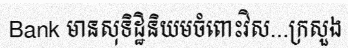
Bank មានសុទិដ្ឋិនិយមចំពោះវិស...ក្រសួង